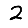
Digit: 2